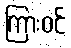
ကြားဝင်